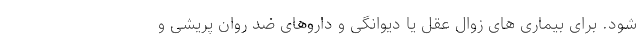
شود. برای بیماری های زوال عقل یا دیوانگی و داروهای ضد روان پریشی و